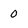
Character: 0